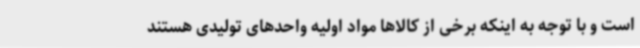
است و با توجه به اینکه برخی از کالاها مواد اولیه واحدهای تولیدی هستند